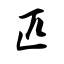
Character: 匹